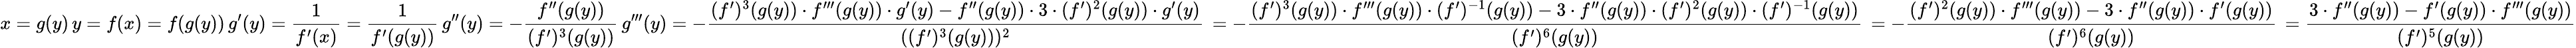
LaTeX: x=g(y)\, y=f(x)=f(g(y))\, g^{\prime}(y)=\frac{1}{f^{\prime}(x)}=\frac{1}{f^{\prime}(g(y))}\, g^{\prime\prime}(y)=-\frac{f^{\prime\prime}(g(y))}{(f^{\prime})^{3}(g(y))}\, g^{\prime\prime\prime}(y)=-\frac{(f^{\prime})^{3}(g(y))\cdot f^{\prime\prime\prime}(g(y))\cdot g^{\prime}(y)-f^{\prime\prime}(g(y))\cdot 3\cdot(f^{\prime})^{2}(g(y))\cdot g^{\prime}(y)}{((f^{\prime})^{3}(g(y)))^{2}}\, =-\frac{(f^{\prime})^{3}(g(y))\cdot f^{\prime\prime\prime}(g(y))\cdot(f^{\prime})^{-1}(g(y))-3\cdot f^{\prime\prime}(g(y))\cdot(f^{\prime})^{2}(g(y))\cdot(f^{\prime})^{-1}(g(y))}{(f^{\prime})^{6}(g(y))}\, =-\frac{(f^{\prime})^{2}(g(y))\cdot f^{\prime\prime\prime}(g(y))-3\cdot f^{\prime\prime}(g(y))\cdot f^{\prime}(g(y))}{(f^{\prime})^{6}(g(y))}\, =\frac{3\cdot f^{\prime\prime}(g(y))-f^{\prime}(g(y))\cdot f^{\prime\prime\prime}(g(y))}{(f^{\prime})^{5}(g(y))}